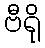
ဗီရို